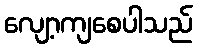
လျော့ကျစေပါသည်